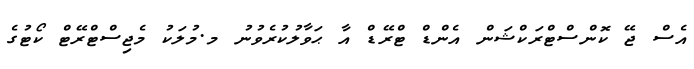
އެސް ޖޭ ކޮންސްޓްރަކްޝަން އެންޑް ޓްރޭޑް އާ ޙަވާލުކުރެވުނު މ.މުލަކު މެޖިސްޓްރޭޓް ކޯޓުގެ